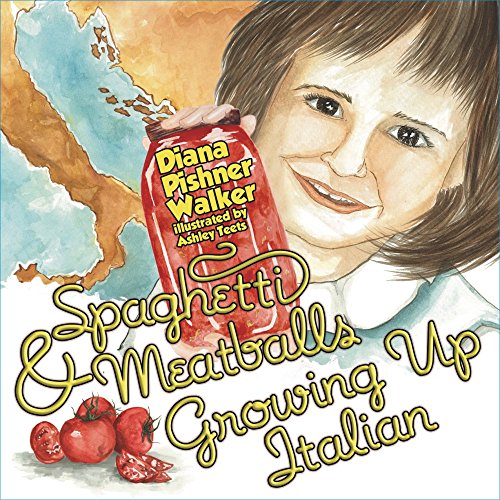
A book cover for Spaghetti & Meatballs: Growing Up Italian (Mom's Choice Award Recipient); Diana Pishner Walker; Children's Books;